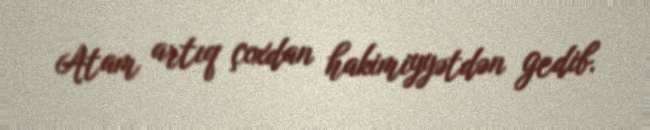
Atam artıq çoxdan hakimiyyətdən gedib.